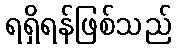
ရရှိရန်ဖြစ်သည်